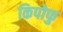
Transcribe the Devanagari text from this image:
किपोफु